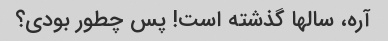
آره، سالها گذشته است! پس چطور بودی؟